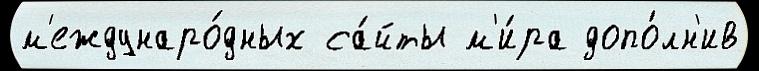
м'еждунаро́дных са́йты м'и́ра допо́лн'ив